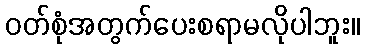
ဝတ်စုံအတွက်ပေးစရာမလိုပါဘူး။